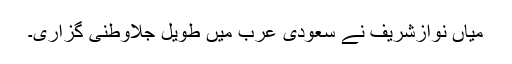
میاں نوازشریف نے سعودی عرب میں طویل جلاوطنی گزاری۔